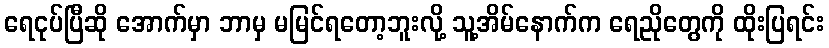
ရေငုပ်ပြီဆို အောက်မှာ ဘာမှ မမြင်ရတော့ဘူးလို့ သူ့အိမ်နောက်က ရေညိုတွေကို ထိုးပြရင်း